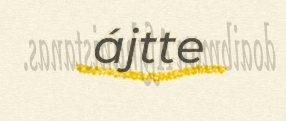
ájtte